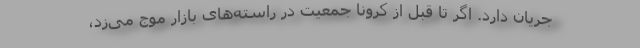
جریان دارد. اگر تا قبل از کرونا جمعیت در راسته‌های بازار موج می‌زد،